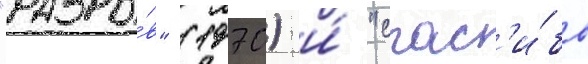
"разры́в" (1970) и́ "спас'и́бо